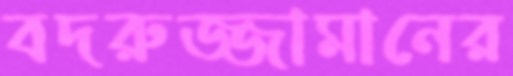
বদরুজ্জামানের